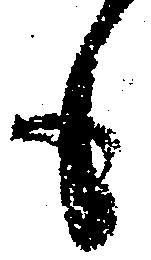
も